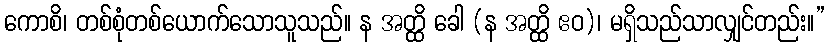
ကောစိ၊ တစ်စုံတစ်ယောက်သောသူသည်။ န အတ္ထိ ခေါ (န အတ္ထိ ဧဝ)၊ မရှိသည်သာလျှင်တည်း။”